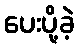
ပေးပို့ခဲ့